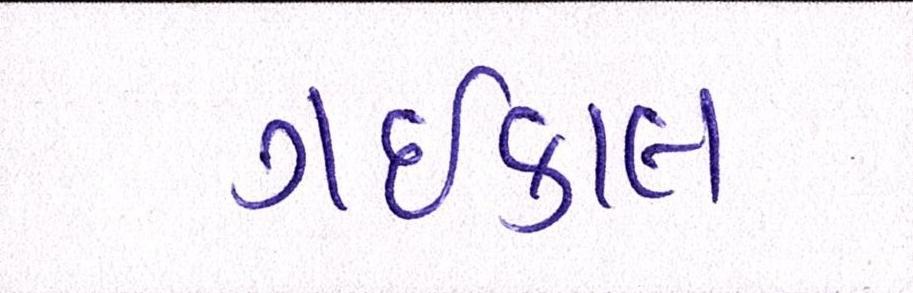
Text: ગઇકાલ